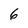
Character: 6